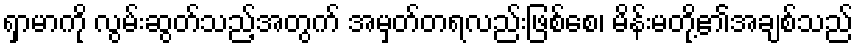
ရှာမာကို လွမ်းဆွတ်သည့်အတွက် အမှတ်တရလည်းဖြစ်စေ၊ မိန်းမတို့၏အချစ်သည်